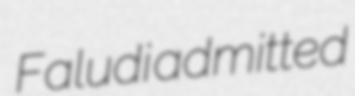
Faludi admitted